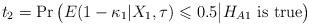
LaTeX: \begin{align*} t_2=\Pr\big(E(1-\kappa_1|X_1,\tau) \leqslant 0.5\big|H_{A1} \mbox{ is true}\big) \end{align*}